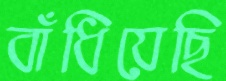
বাঁধিয়েছি